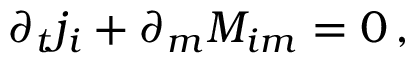
\partial _ { t } j _ { i } + \partial _ { m } M _ { i m } = 0 \, ,